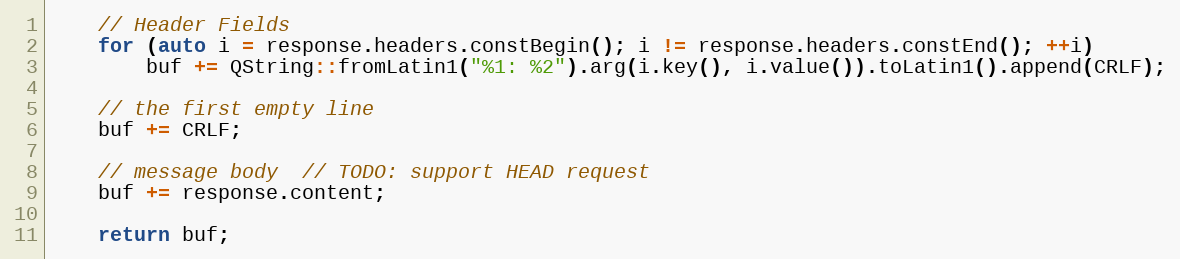
Language: C++
    // Header Fields
    for (auto i = response.headers.constBegin(); i != response.headers.constEnd(); ++i)
        buf += QString::fromLatin1("%1: %2").arg(i.key(), i.value()).toLatin1().append(CRLF);

    // the first empty line
    buf += CRLF;

    // message body  // TODO: support HEAD request
    buf += response.content;

    return buf;